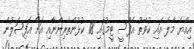
އިއްޔެ މާލެ އައި ކުވޭތު އެފްސީ ޓީމުގައި 18 ކުޅުންތެރިންނާއި އަށް އޮފިޝަލުން